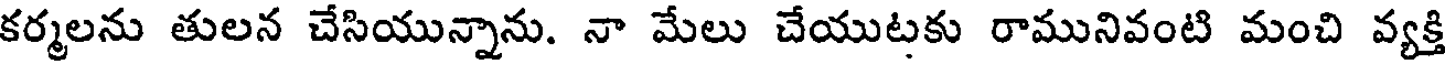
కర్మలను తులన చేసియున్నాను. నా మేలు చేయుటకు రామునివంటి మంచి వ్యక్తి